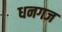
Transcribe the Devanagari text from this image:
धनगज